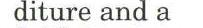
diture and a